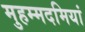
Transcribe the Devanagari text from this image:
मुहम्मदमियां